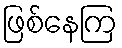
ဖြစ်နေကြ